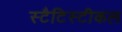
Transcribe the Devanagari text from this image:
स्टैटिस्टीकल